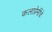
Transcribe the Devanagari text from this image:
कलाप्रेमींचे